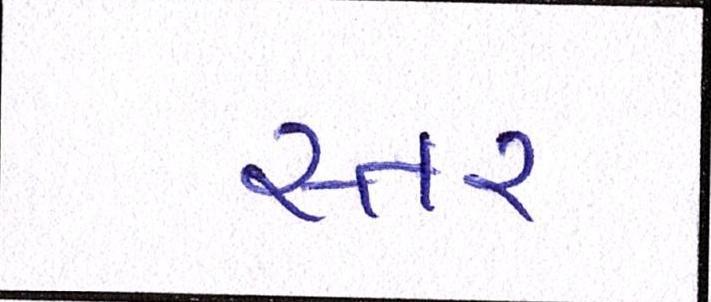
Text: સ્તર